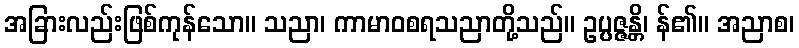
အခြားလည်းဖြစ်ကုန်သော။ သညာ၊ ကာမာဝစရသညာတို့သည်။ ဥပ္ပဇ္ဇန္တိ၊ န်၏။ အညာစ၊